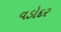
વડોદર